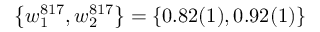
\left\{ w _ { 1 } ^ { 8 1 7 } , w _ { 2 } ^ { 8 1 7 } \right\} = \left\{ 0 . 8 2 ( 1 ) , 0 . 9 2 ( 1 ) \right\}